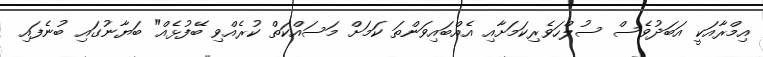
އިމްރާއަކީ އަބަދުވެސް ސުލްހަވެރިކަމަށާއި އެއްބައިވަންތަ ކަމަށް މަސައްކަތް ކުރެއްވި ބޭފުޅެއް" ބަޔާނުގައި ބުނެފައި